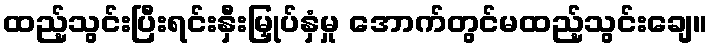
ထည့်သွင်းပြီးရင်းနှီးမြှုပ်နှံမှု အောက်တွင်မထည့်သွင်းချေ။